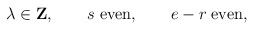
\begin{align*}\lambda\in {\bf Z},\qquad s\; {\rm even},\qquad e-r\; {\rm even},\end{align*}